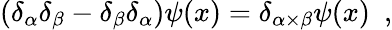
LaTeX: (\delta_{\alpha}\delta_{\beta}-\delta_{\beta}\delta_{\alpha})\psi(x)=\delta_{\alpha\times\beta}\psi(x)\, \, \, ,